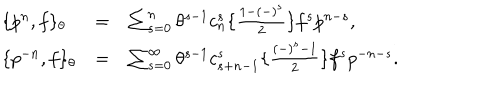
\begin{array} { l c l } { { \{ p ^ { n } , f \} _ { \theta } } } & { { = } } & { { \sum _ { s = 0 } ^ { n } \theta ^ { s - 1 } c _ { n } ^ { s } \{ \frac { 1 - ( - ) ^ { s } } { 2 } \} f ^ { s } p ^ { n - s } , } } \\ { { \{ p ^ { - n } , f \} _ { \theta } } } & { { = } } & { { \sum _ { s = 0 } ^ { \infty } \theta ^ { s - 1 } c _ { s + n - 1 } ^ { s } \{ \frac { ( - ) ^ { s } - 1 } { 2 } \} f ^ { s } p ^ { - n - s } . } } \\ \end{array}